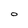
Character: O